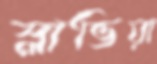
স্লাভিয়া